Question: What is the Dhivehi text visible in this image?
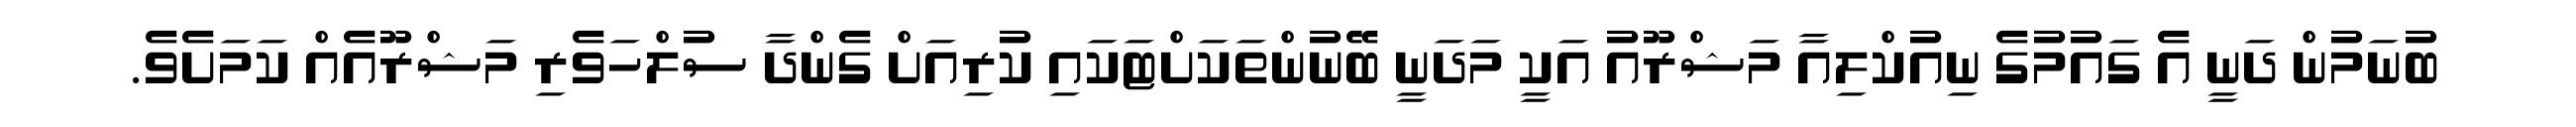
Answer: ބުނަމުން ދަނީ އެ ގައުމުގެ ނިއުކްލިއާ މަޝްރޫއު އަކީ މަދަނީ ބޭނުންތަކަށްޓަކައި ކުރިއަށް ގެންދާ ސުލްހަވެރި މަޝްރޫއެއް ކަމަށެވެ.